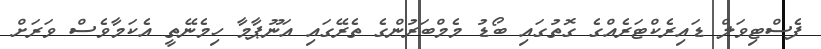
ފެސްޓިވަލް ޑައިރެކްޓަރެއްގެ ގޮތުގައި ބޯޑު މެމްބަރުންގެ ތެރޭގައި އަނޫޕާމާ ހިމެނޭތީ އެކަމާވެސް ވަރަށް